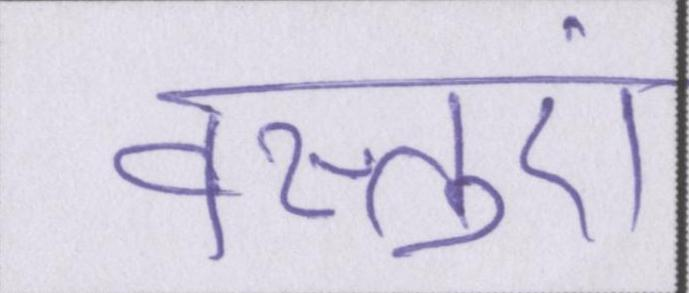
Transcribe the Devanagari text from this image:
वस्तुएं